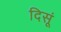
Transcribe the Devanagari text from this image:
दिसूं